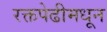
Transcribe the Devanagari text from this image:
रक्तपेढीमधून